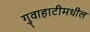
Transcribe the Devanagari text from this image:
गुवाहाटीमधील